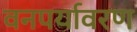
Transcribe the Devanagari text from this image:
वनपर्यावरण